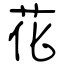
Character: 花